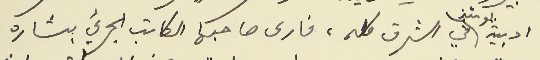
ادبية يومئذٍ في الشرق كله، فارى صاحبها الكاتب الجريء بشاره